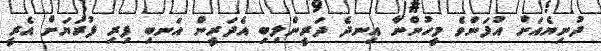
ދުނިޔެއަށް އުފަންވެ މީހުންނާ އިނދެ ދަރީންލިބި އެދަރީން އަނބި ފިރި ފުރަޔަށް އެރީ